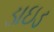
ડાઇડ